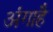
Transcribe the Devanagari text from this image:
अंगाहै